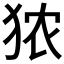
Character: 𪺻